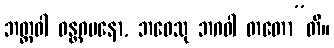
ဘတ္တဝါ ဝန္တဂမနော, ဘဝေသု ဘဂဝါ တတော”တိ။